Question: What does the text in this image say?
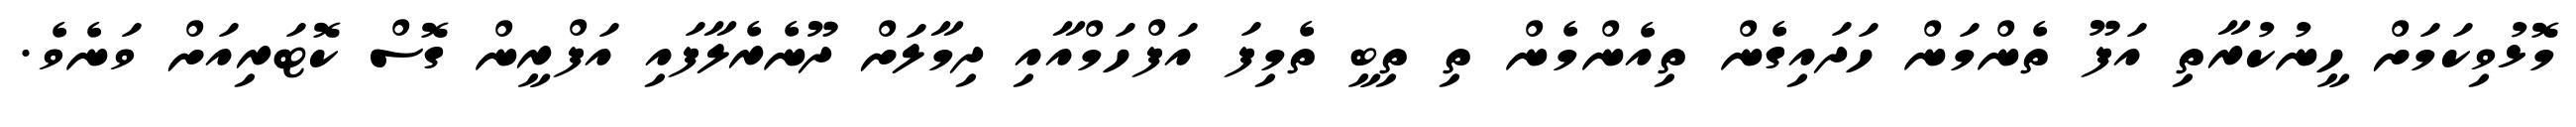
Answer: މޮޅުވިކަމަށް ހީނުކުރާތި އަފޫ ތެންމަން ހަދައިގެން ތިއެންމެން ތި ތިބީ ތެމިފަ އަފްހަމްއާއި ދިމާލަށް ދޫނެރެލާފައި އަފްރީން ގޮސް ކޮޓަރިއަށް ވަނެވެ.